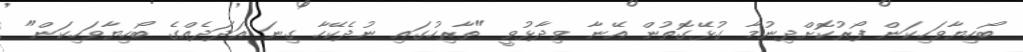
ބޯހިޔާވަހިކަން ފޯރުކޮށްދިނުމާ ގުޅޭގޮތުން އޭނާ ވިދާޅުވީ "ތާރިހުގައި ނުދެކޭހާ ގިނަ އަދަދެއްގެ ބޯހިޔާވަހިކަން"